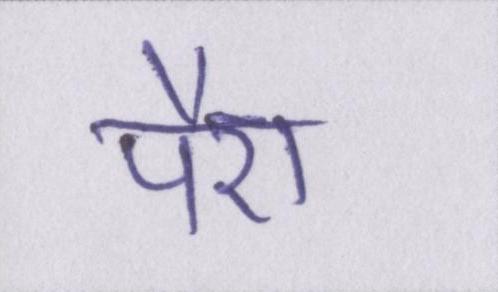
पैरा